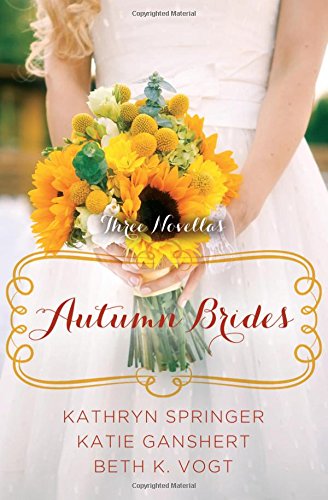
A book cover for Autumn Brides: A Year of Weddings Novella Collection; Kathryn Springer; Literature & Fiction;